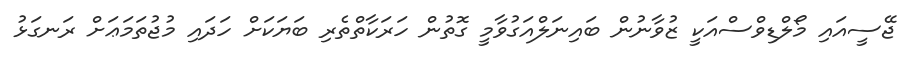
ޖޭސީއައި މޯލްޑިވްސްއަކީ ޒުވާނުން ބައިނަލްއަގުވާމީ ގޮތުން ހަރަކާތްތެރި ބަޔަކަށް ހަދައި މުޖުތަމަޢަށް ރަނގަޅު